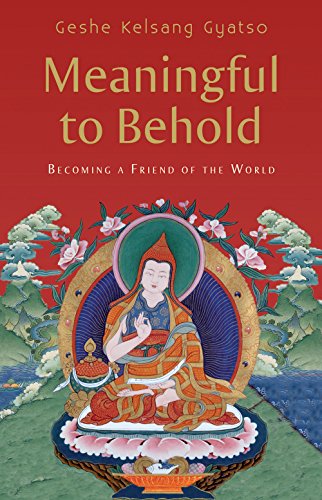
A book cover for Meaningful to Behold: Becoming a Friend of the World; Geshe Kelsang Gyatso; Religion & Spirituality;